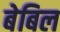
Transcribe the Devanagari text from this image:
बेबिल